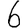
Digit: 6